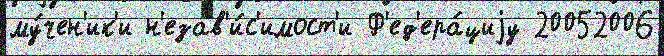
му́чен'ик'и н'езав'и́с'имост'и Ф'ед'ера́циjу 20052006